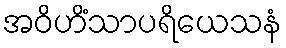
အဝိဟိံသာပရိယေသနံ